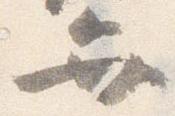
弁